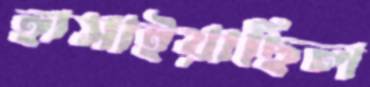
হাসাইয়াছিল